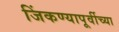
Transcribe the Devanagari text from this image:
जिंकण्यापूर्वीच्या